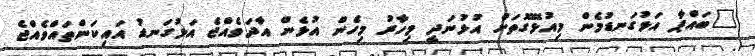
"ބައްޕާ އަޅުގަނޑުމެން މިއުޅޭގޮތަށް އުޅުނަދީ މިހާރު މިހެން އުޅެން އާދަވެއްޖެ އަޅުގަނޑު އައިކަންތައްވެއްޖެ